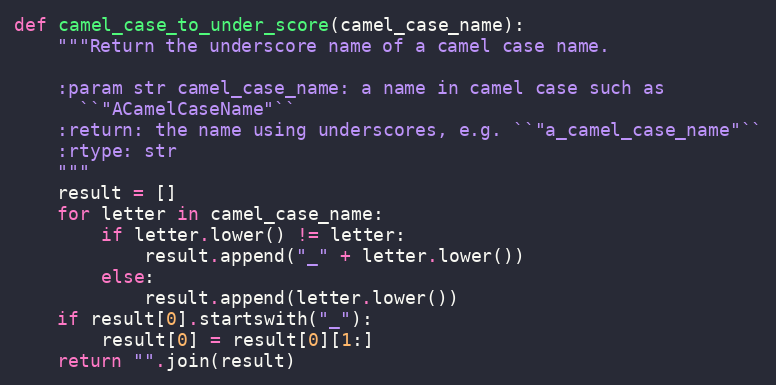
Language: Python
def camel_case_to_under_score(camel_case_name):
    """Return the underscore name of a camel case name.

    :param str camel_case_name: a name in camel case such as
      ``"ACamelCaseName"``
    :return: the name using underscores, e.g. ``"a_camel_case_name"``
    :rtype: str
    """
    result = []
    for letter in camel_case_name:
        if letter.lower() != letter:
            result.append("_" + letter.lower())
        else:
            result.append(letter.lower())
    if result[0].startswith("_"):
        result[0] = result[0][1:]
    return "".join(result)